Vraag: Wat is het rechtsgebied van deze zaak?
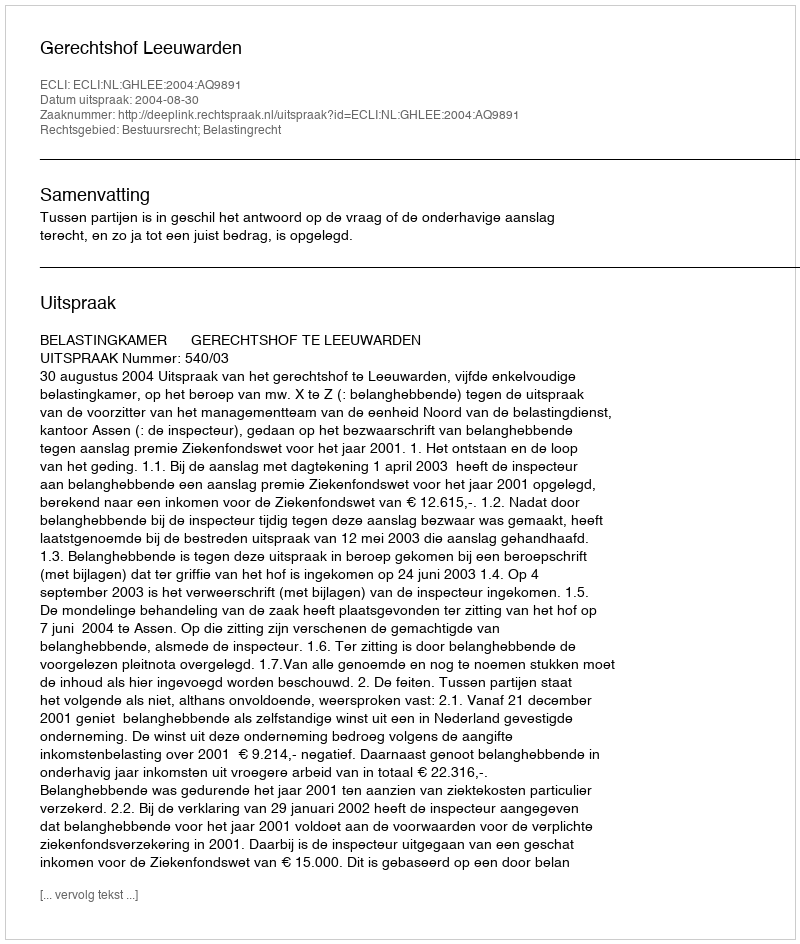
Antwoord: Bestuursrecht; Belastingrecht